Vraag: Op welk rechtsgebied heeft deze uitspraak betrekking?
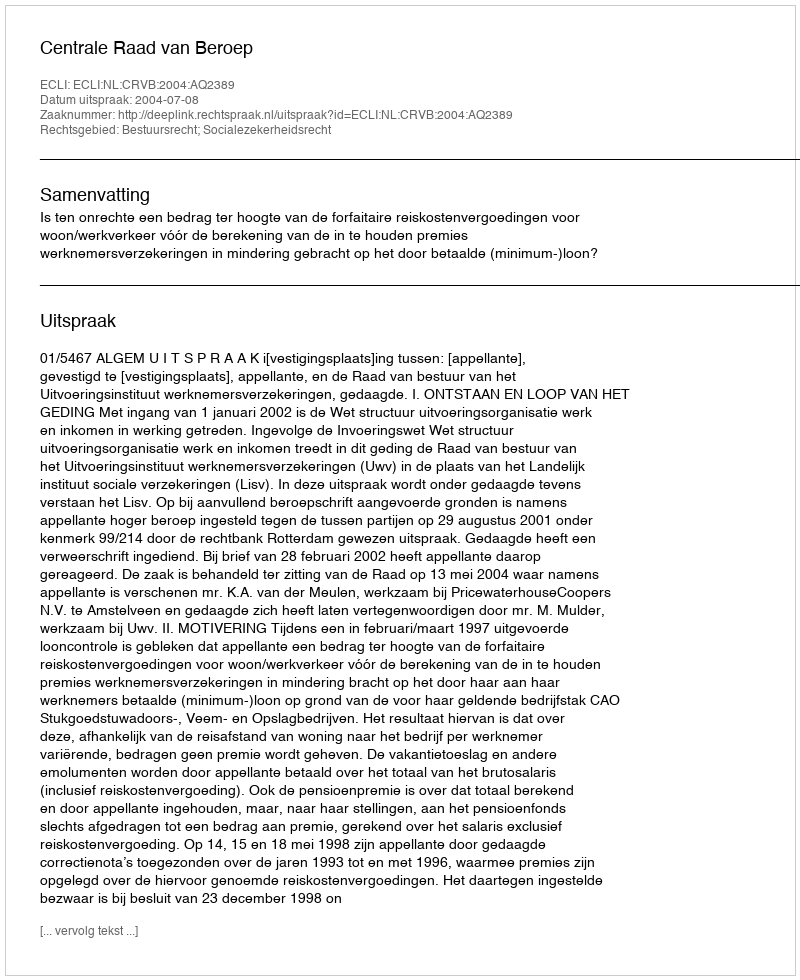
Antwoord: Bestuursrecht; Socialezekerheidsrecht